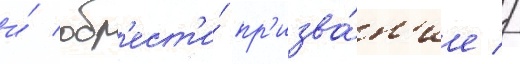
и́ обр'ест'и́ пр'изва́н'ие //